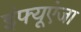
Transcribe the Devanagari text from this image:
इंफ्यूएंजा